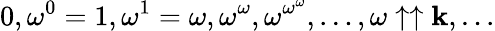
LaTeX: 0,\omega^{0}=1,\omega^{1}=\omega,\omega^{\omega},\omega^{\omega^{\omega}},\ldots,\omega\uparrow\uparrow\mathbf{k},\ldots